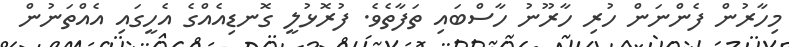
މިހާރުން ފެންނަން ހުރި ހާރޫނު ހާސްބައި ތަފާތެވެ. ފުރޮޅުލީ ގޮނޑިއެއްގެ އެހީގައި އެއްތަނުން